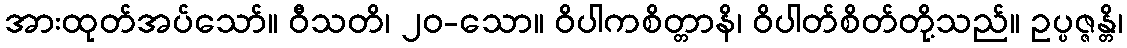
အားထုတ်အပ်သော်။ ဝီသတိ၊ ၂၀-သော။ ဝိပါကစိတ္တာနိ၊ ဝိပါတ်စိတ်တို့သည်။ ဥပ္ပဇ္ဇန္တိ၊